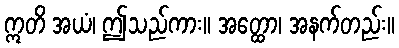
ဣတိ အယံ၊ ဤသည်ကား။ အတ္ထော၊ အနက်တည်း။